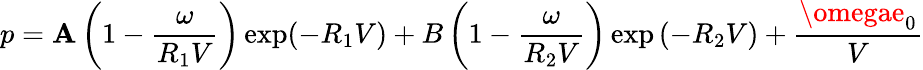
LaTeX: p=\mathbf{A}\left(1-{\frac{{\omega}}{{R_{1}V}}}\right)\exp(-R_{1}V)+B\left(1-{\frac{{\omega}}{{R_{2}V}}}\right)\exp\left(-R_{2}V\right)+{\frac{{\omegae_{0}}}{{V}}}